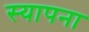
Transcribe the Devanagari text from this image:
स्यापना